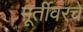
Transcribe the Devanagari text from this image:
मूर्तीवरचे